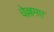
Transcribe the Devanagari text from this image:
चेल्लमए